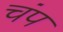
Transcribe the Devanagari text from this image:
चंप